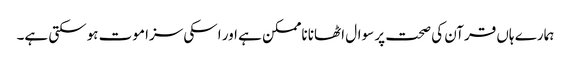
ہمارے ہاں قرآن کی صحت پر سوال اٹھانا ناممکن ہے اور اسکی سزا موت ہوسکتی ہے۔